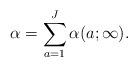
LaTeX: \begin{align*}\alpha = \sum_{a=1}^J\alpha (a;\infty ).\end{align*}